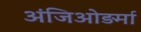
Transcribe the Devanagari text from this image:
अंजिओड़र्मा